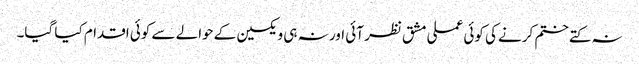
نہ کتے ختم کرنے کی کوئی عملی مشق نظر آئی اور نہ ہی ویکسین کے حوالے سے کوئی اقدام کیا گیا۔